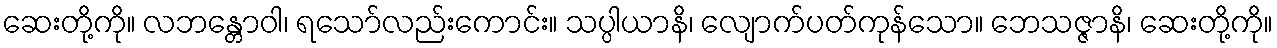
ဆေးတို့ကို။ လဘန္တောဝါ၊ ရသော်လည်းကောင်း။ သပ္ပါယာနိ၊ လျောက်ပတ်ကုန်သော။ ဘေသဇ္ဇာနိ၊ ဆေးတို့ကို။